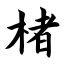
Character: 楮